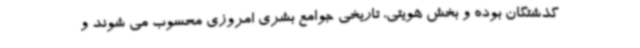
گذشتگان بوده و بخش هویتی، تاریخی جوامع بشری امروزی محسوب می شوند و